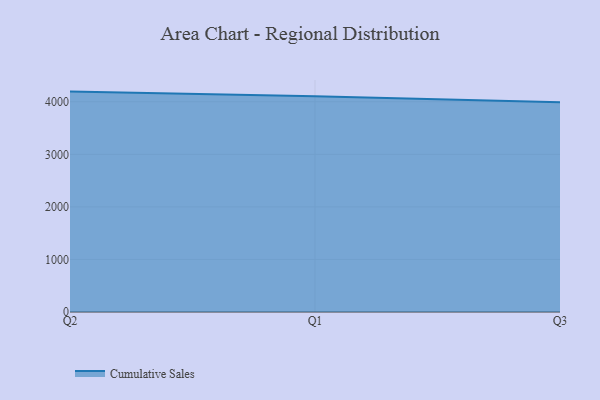
{"axis": {"x": "Quarter", "y": "Demand Index"}, "legend": ["Cumulative Sales"], "data": [{"x": "Q2", "y": 4193.2, "type": "Cumulative Sales"}, {"x": "Q1", "y": 4102.7, "type": "Cumulative Sales"}, {"x": "Q3", "y": 3989.1, "type": "Cumulative Sales"}]}